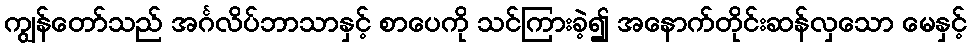
ကျွန်တော်သည် အင်္ဂလိပ်ဘာသာနှင့် စာပေကို သင်ကြားခဲ့၍ အနောက်တိုင်းဆန်လှသော မေနှင့်